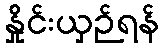
နှိုင်းယှဉ်ရန်